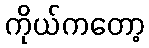
ကိုယ်ကတော့